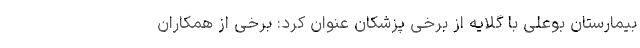
بیمارستان بوعلی با گلایه از برخی پزشکان عنوان کرد: برخی از همکاران